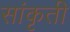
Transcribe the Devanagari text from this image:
सांकृती